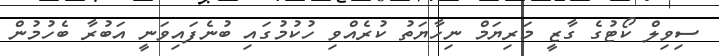
ސިވިލް ކޯޓުގެ ގާޒީ މަރިޔަމް ނިހާޔަތު ކުރެއްވި ހުކުމުގައި ބުނެފައިވަނީ އަބުރާ ބެހުމުން